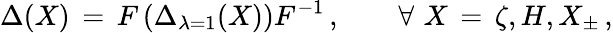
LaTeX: \Delta(X)\, =\, F\left(\Delta_{\lambda=1}(X)\right)F^{-1}\, ,\qquad\forall\, \, X\, =\, \zeta,H,X_{\pm}\, ,